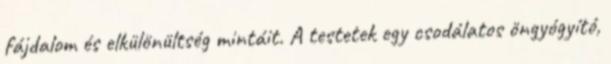
fájdalom és elkülönültség mintáit. A testetek egy csodálatos öngyógyító,